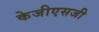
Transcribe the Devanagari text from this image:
केजीएसजी